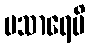
ပသာရေမိ